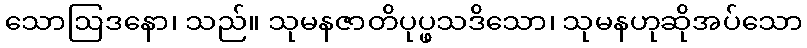
သောဩဒနော၊ သည်။ သုမနဇာတိပုပ္ဖသဒိသော၊ သုမနဟုဆိုအပ်သော